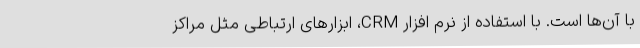
با آن‌ها است. با استفاده از نرم افزار CRM، ابزارهای ارتباطی مثل مراکز